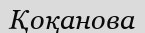
Қоқанова